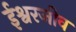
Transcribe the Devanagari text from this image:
ईश्वरजीव